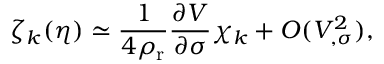
\zeta _ { k } ( \eta ) \simeq \frac { 1 } { 4 \rho _ { \mathrm { r } } } \frac { \partial V } { \partial \sigma } \chi _ { k } + { \cal O } ( V _ { , \sigma } ^ { 2 } ) ,